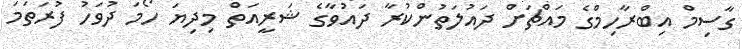
ގާސިމް އިބްރާހިމްގެ މައްޗަށް ދައުލަތުންކުރާ ދައުވާގެ ޝަރީއަތް މިދިޔަ ހޯމަ ދުވަހު ފުރަތަމަ